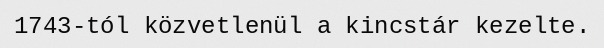
1743-tól közvetlenül a kincstár kezelte.